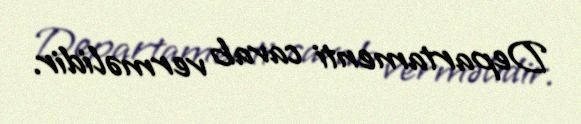
Departamenti cavab verməlidir.